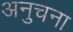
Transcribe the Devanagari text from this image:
अनुचना